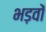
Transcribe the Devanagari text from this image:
भड़वों